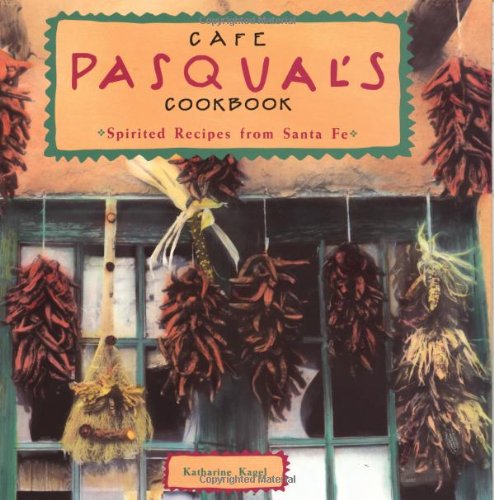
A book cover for Cafe Pasqual's Cookbook: Spirited Recipes from Santa Fe; Katharine Kagel; Cookbooks, Food & Wine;